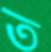
ত